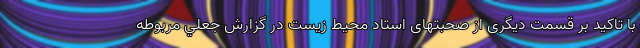
با تاکید بر قسمت دیگری از صحبتهای استاد محيط زيست در گزارش جعلي مربوطه